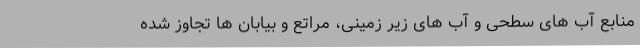
منابع آب های سطحی و آب های زیر زمینی، مراتع و بیابان ها تجاوز شده